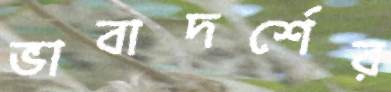
ভাবাদর্শের